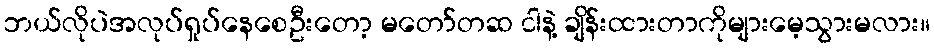
ဘယ်လိုပဲအလုပ်ရှုပ်နေစေဦးတော့ မတော်တဆ ငါနဲ့ ချိန်းထားတာကိုများမေ့သွားမလား။